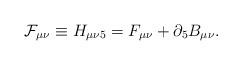
LaTeX: \begin{align*}{\cal F}_{\mu\nu} \equiv H_{\mu\nu 5} = F_{\mu\nu} + \partial_5 B_{\mu\nu}.\end{align*}